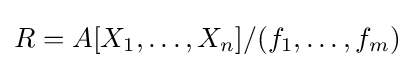
R=A[X_{1},\ldots ,X_{n}]/(f_{1},\ldots ,f_{m})